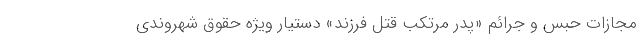
مجازات حبس و جرائم «پدر مرتکب قتل فرزند» دستیار ویژه حقوق شهروندی